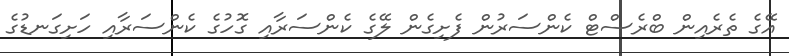
އޭގެ ތެރެއިން ބްރެސްޓް ކެންސަރުން ފެށިގެން ލޭގެ ކެންސަރާއި ގޮހުގެ ކެންސަރާއި ހަށިގަނޑުގެ